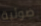
ضوئية